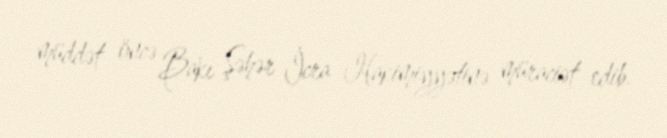
müddət öncə Bakı Şəhər İcra Hakimiyyətinə müraciət edib.